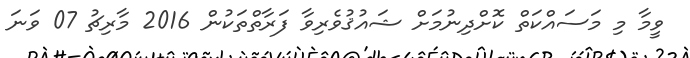
ވީމާ މި މަސައްކަތް ކޮށްދިނުމަށް ޝައުޤުވެރިވާ ފަރާތްތަކުން 2016 މާރިޗު 07 ވަނަ